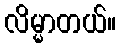
လိမ္မာတယ်။